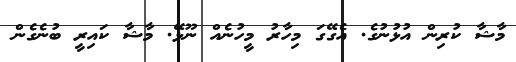
މާޝާ ކުރިން އުޅުނުގެ. އެގޭގަ މިހާރު މީހުނެއް ނޫޅޭ. މާޝާ ކައިރީ ބުނެގެން